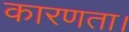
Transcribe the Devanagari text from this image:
कारणता।